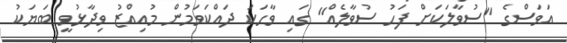
އަވަސްގެ "ސުވާލަކަށް ފަހު ސުވާލެއް" ގައި ވާހަކަ ދައްކަވަމުން މުއިއްޒު ވިދާޅުވީ ބަޔަކު